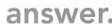
answer.